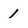
Character: 1